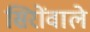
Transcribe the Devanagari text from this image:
सिरोंवाले